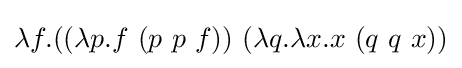
\lambda f.((\lambda p.f\ (p\ p\ f))\ (\lambda q.\lambda x.x\ (q\ q\ x))